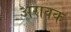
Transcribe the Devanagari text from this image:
अरावक